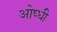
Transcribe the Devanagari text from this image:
ओष्धी